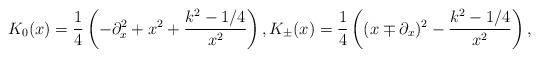
LaTeX: \begin{align*} K_0(x)=\frac{1}{4}\left(-\partial_{x}^2+x^2+\frac{k^2-1/4}{x^2}\right),K_{\pm}(x)=\frac{1}{4}\left((x\mp \partial_{x})^2-\frac{k^2-1/4}{x^2}\right),\end{align*}